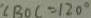
. \angle B O C = 1 2 0 ^ { \circ }